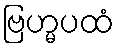
ဗြဟ္မပထံ